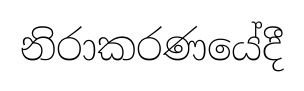
නිරාකරණයේදී